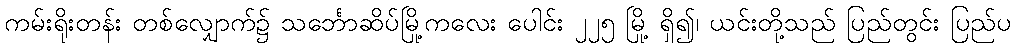
ကမ်းရိုးတန်း တစ်လျှောက်၌ သင်္ဘောဆိပ်မြို့ကလေး ပေါင်း ၂၂၅ မြို့ ရှိ၍၊ ယင်းတို့သည် ပြည်တွင်း ပြည်ပ